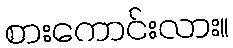
စားကောင်းလား။